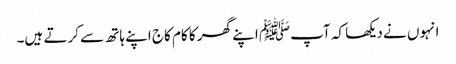
انہوں نے دیکھا کہ آپﷺ اپنے گھر کا کام کاج اپنے ہاتھ سے کرتے ہیں۔